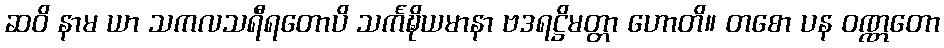
ဆဝိ နာမ ယာ သကလသရီရတောပိ သင်္ကဍ္ဎိယမာနာ ဗဒရဋ္ဌိမတ္တာ ဟောတိ။ တစော ပန ဝဏ္ဏတော